Leprosy in India: report of the Leprosy Commission in India, 1890-91
Year: 1890
Disease focus: Leprosy
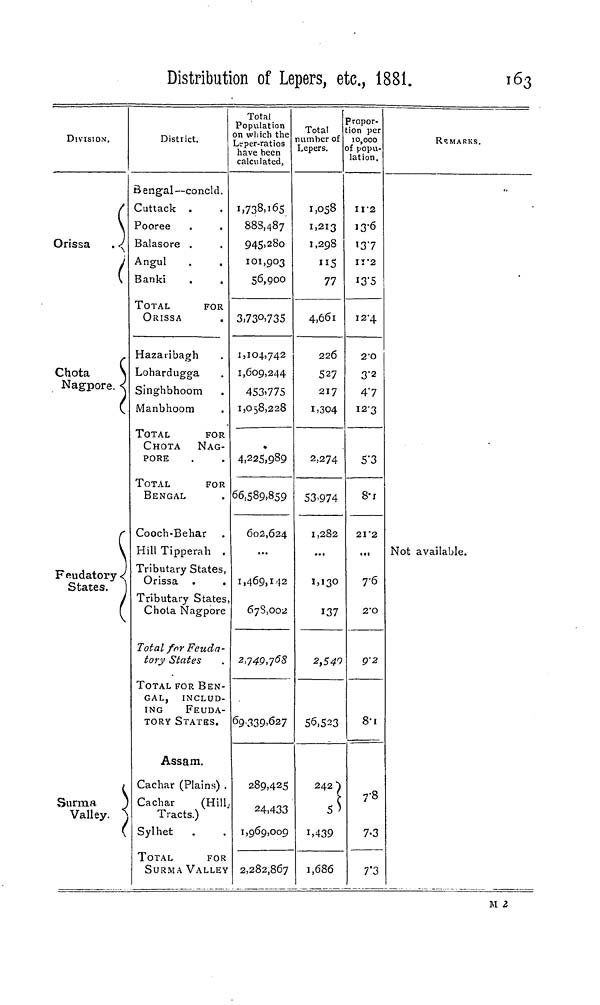
Distribution of Lepers, etc, 1881.
163
DIVISION.
\
Orissa
. <ĵ
(
Chota
\
Nagpore. s
\
Feudatory <
States.
/
(
C
Surma
Valley. )
(
District.
Bengal—concld.
Cuttack
Pooree
Balasore .
Angul
Banki
TOTAL
FOR
ORISSA
Hazaribagh
Lohardugga
Singhbhoom
Manbhoom
TOTAL
FOR
CHOTA
NAG-
PORE
TOTAL
FOR
BENGAL
Cooch-Behar
Hill Tipperah .
Tributary States,
Orissa
Tributary States
Chota Nagpore
Total for Feuda-
tory States
TOTAL FOR BEN-
GAL,
INCLUD-
ING
FEUDA-
TORY STATES.
Assam.
Cachar (Plains)
Cachar
(Hil
Tracts.)
Sylhet
TOTAL
FOR
SURMA VALLEY
Total
Population
n which the
..eper-ratios
have been
calculated,
1,738,165
88S,487
945,280
101,903
56,900
3,73°>735
1,104,742
1,609,244
453>775
1,058,228
4,225,989
66,589,859
602,624
1,469,142
678,002
2,740,768
69-339>627
289,425
0 Â Ann
4)4JJ
1,969,009
2,282,867
Total
number of
Lepers.
1,058
1,213
1,298
"5
77
4,661
226
S27
217
1,304
2,274
53-974
1,282
...
1,13°1
37
2,540
56,523
242}
A
1,439
1,686
Propor-
tion per
10,000
of popu-
lation.
11-2
I3'6
»37
11'2
I3"5
12-4
2'O
3'2
47
123
5"3
8-1
21'2
...
7-6
2 - O
Ç-2
8-1
7 -8
7-3
7*3
REMARKS.
Not available.
M 2